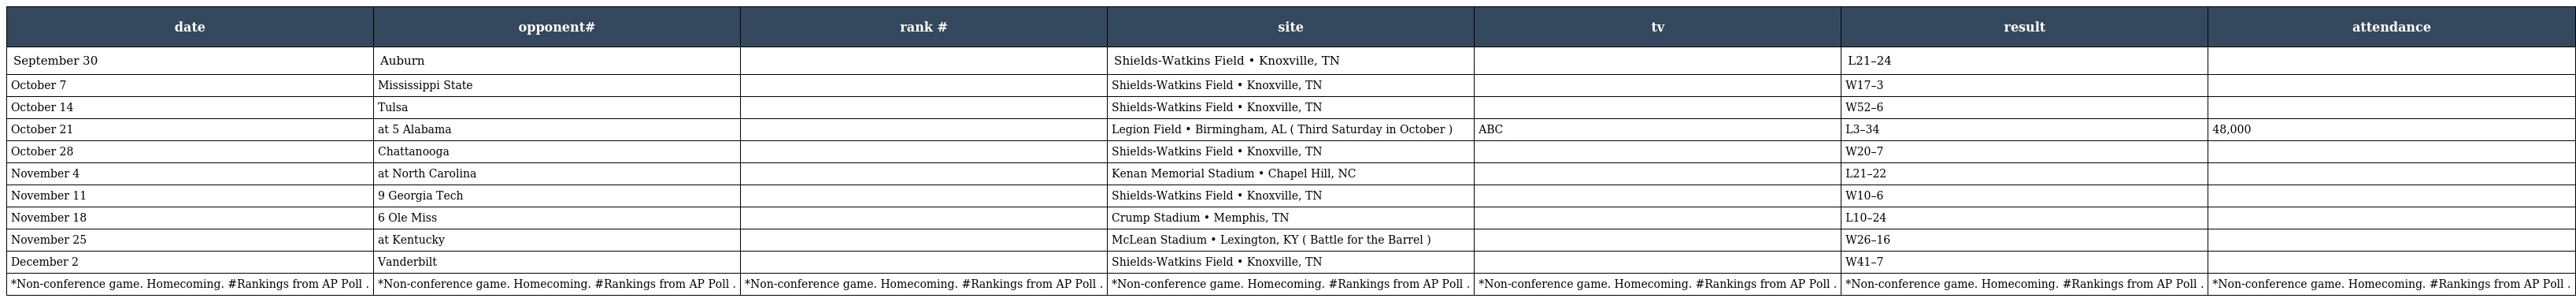
| date | opponent# | rank # | site | tv | result | attendance |
 | --- | --- | --- | --- | --- | --- | --- |
 | September 30 | Auburn |  | Shields-Watkins Field • Knoxville, TN |  | L21–24 |  |
 | October 7 | Mississippi State |  | Shields-Watkins Field • Knoxville, TN |  | W17–3 |  |
 | October 14 | Tulsa |  | Shields-Watkins Field • Knoxville, TN |  | W52–6 |  |
 | October 21 | at 5 Alabama |  | Legion Field • Birmingham, AL ( Third Saturday in October ) | ABC | L3–34 | 48,000 |
 | October 28 | Chattanooga |  | Shields-Watkins Field • Knoxville, TN |  | W20–7 |  |
 | November 4 | at North Carolina |  | Kenan Memorial Stadium • Chapel Hill, NC |  | L21–22 |  |
 | November 11 | 9 Georgia Tech |  | Shields-Watkins Field • Knoxville, TN |  | W10–6 |  |
 | November 18 | 6 Ole Miss |  | Crump Stadium • Memphis, TN |  | L10–24 |  |
 | November 25 | at Kentucky |  | McLean Stadium • Lexington, KY ( Battle for the Barrel ) |  | W26–16 |  |
 | December 2 | Vanderbilt |  | Shields-Watkins Field • Knoxville, TN |  | W41–7 |  |
 | *Non-conference game. Homecoming. #Rankings from AP Poll . | *Non-conference game. Homecoming. #Rankings from AP Poll . | *Non-conference game. Homecoming. #Rankings from AP Poll . | *Non-conference game. Homecoming. #Rankings from AP Poll . | *Non-conference game. Homecoming. #Rankings from AP Poll . | *Non-conference game. Homecoming. #Rankings from AP Poll . | *Non-conference game. Homecoming. #Rankings from AP Poll . |